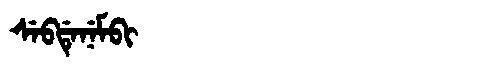
Manchu: ᠰᡝᠪᡩᡝᠨᡝᠮᠪᡳ
Romanization: SEBDENEMBI